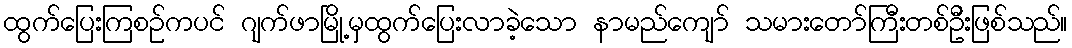
ထွက်ပြေးကြစဉ်ကပင် ဂျက်ဖာမြို့မှထွက်ပြေးလာခဲ့သော နာမည်ကျော် သမားတော်ကြီးတစ်ဦးဖြစ်သည်။